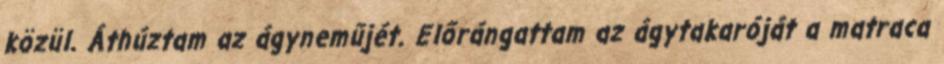
közül. Áthúztam az ágyneműjét. Előrángattam az ágytakaróját a matraca